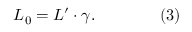
L _ { 0 } = L ^ { \prime } \cdot \gamma . \qquad \qquad { \mathrm { ( 3 ) } }